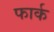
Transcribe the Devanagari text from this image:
फार्क